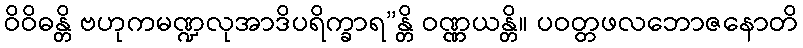
ဝိဝိဓန္တိ ဗဟုကမဏ္ဍလုအာဒိပရိက္ခာရ”န္တိ ဝဏ္ဏယန္တိ။ ပဝတ္တဖလဘောဇနောတိ